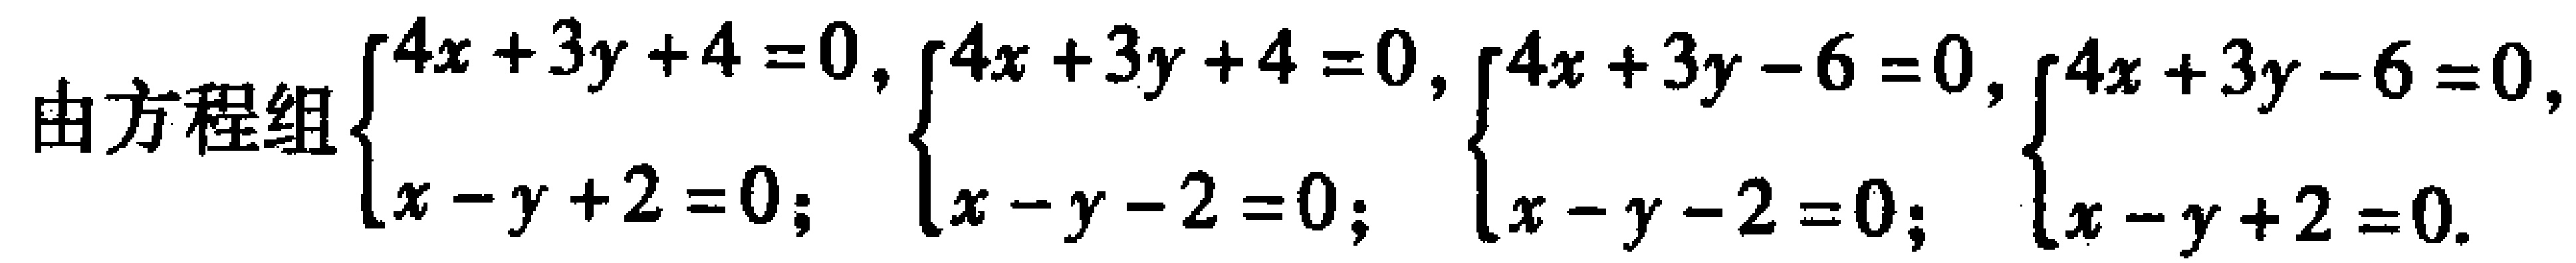
由方程组$\begin{cases}4x + 3y + 4 = 0,\\x - y + 2 = 0;\end{cases}\begin{cases}4x + 3y + 4 = 0,\\x - y - 2 = 0;\end{cases}\begin{cases}4x + 3y - 6 = 0,\\x - y - 2 = 0;\end{cases}\begin{cases}4x + 3y - 6 = 0,\\x - y + 2 = 0.\end{cases}$